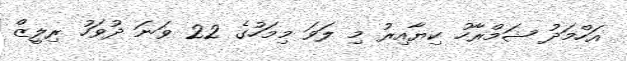
އަހްމަދު ޝަމްރާހު ކިޔާއިރު މި ލަވަ މިމަހުގެ 22 ވަނަ ދުވަހު ރިލީޒް